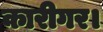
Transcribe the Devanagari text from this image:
कारीगर।